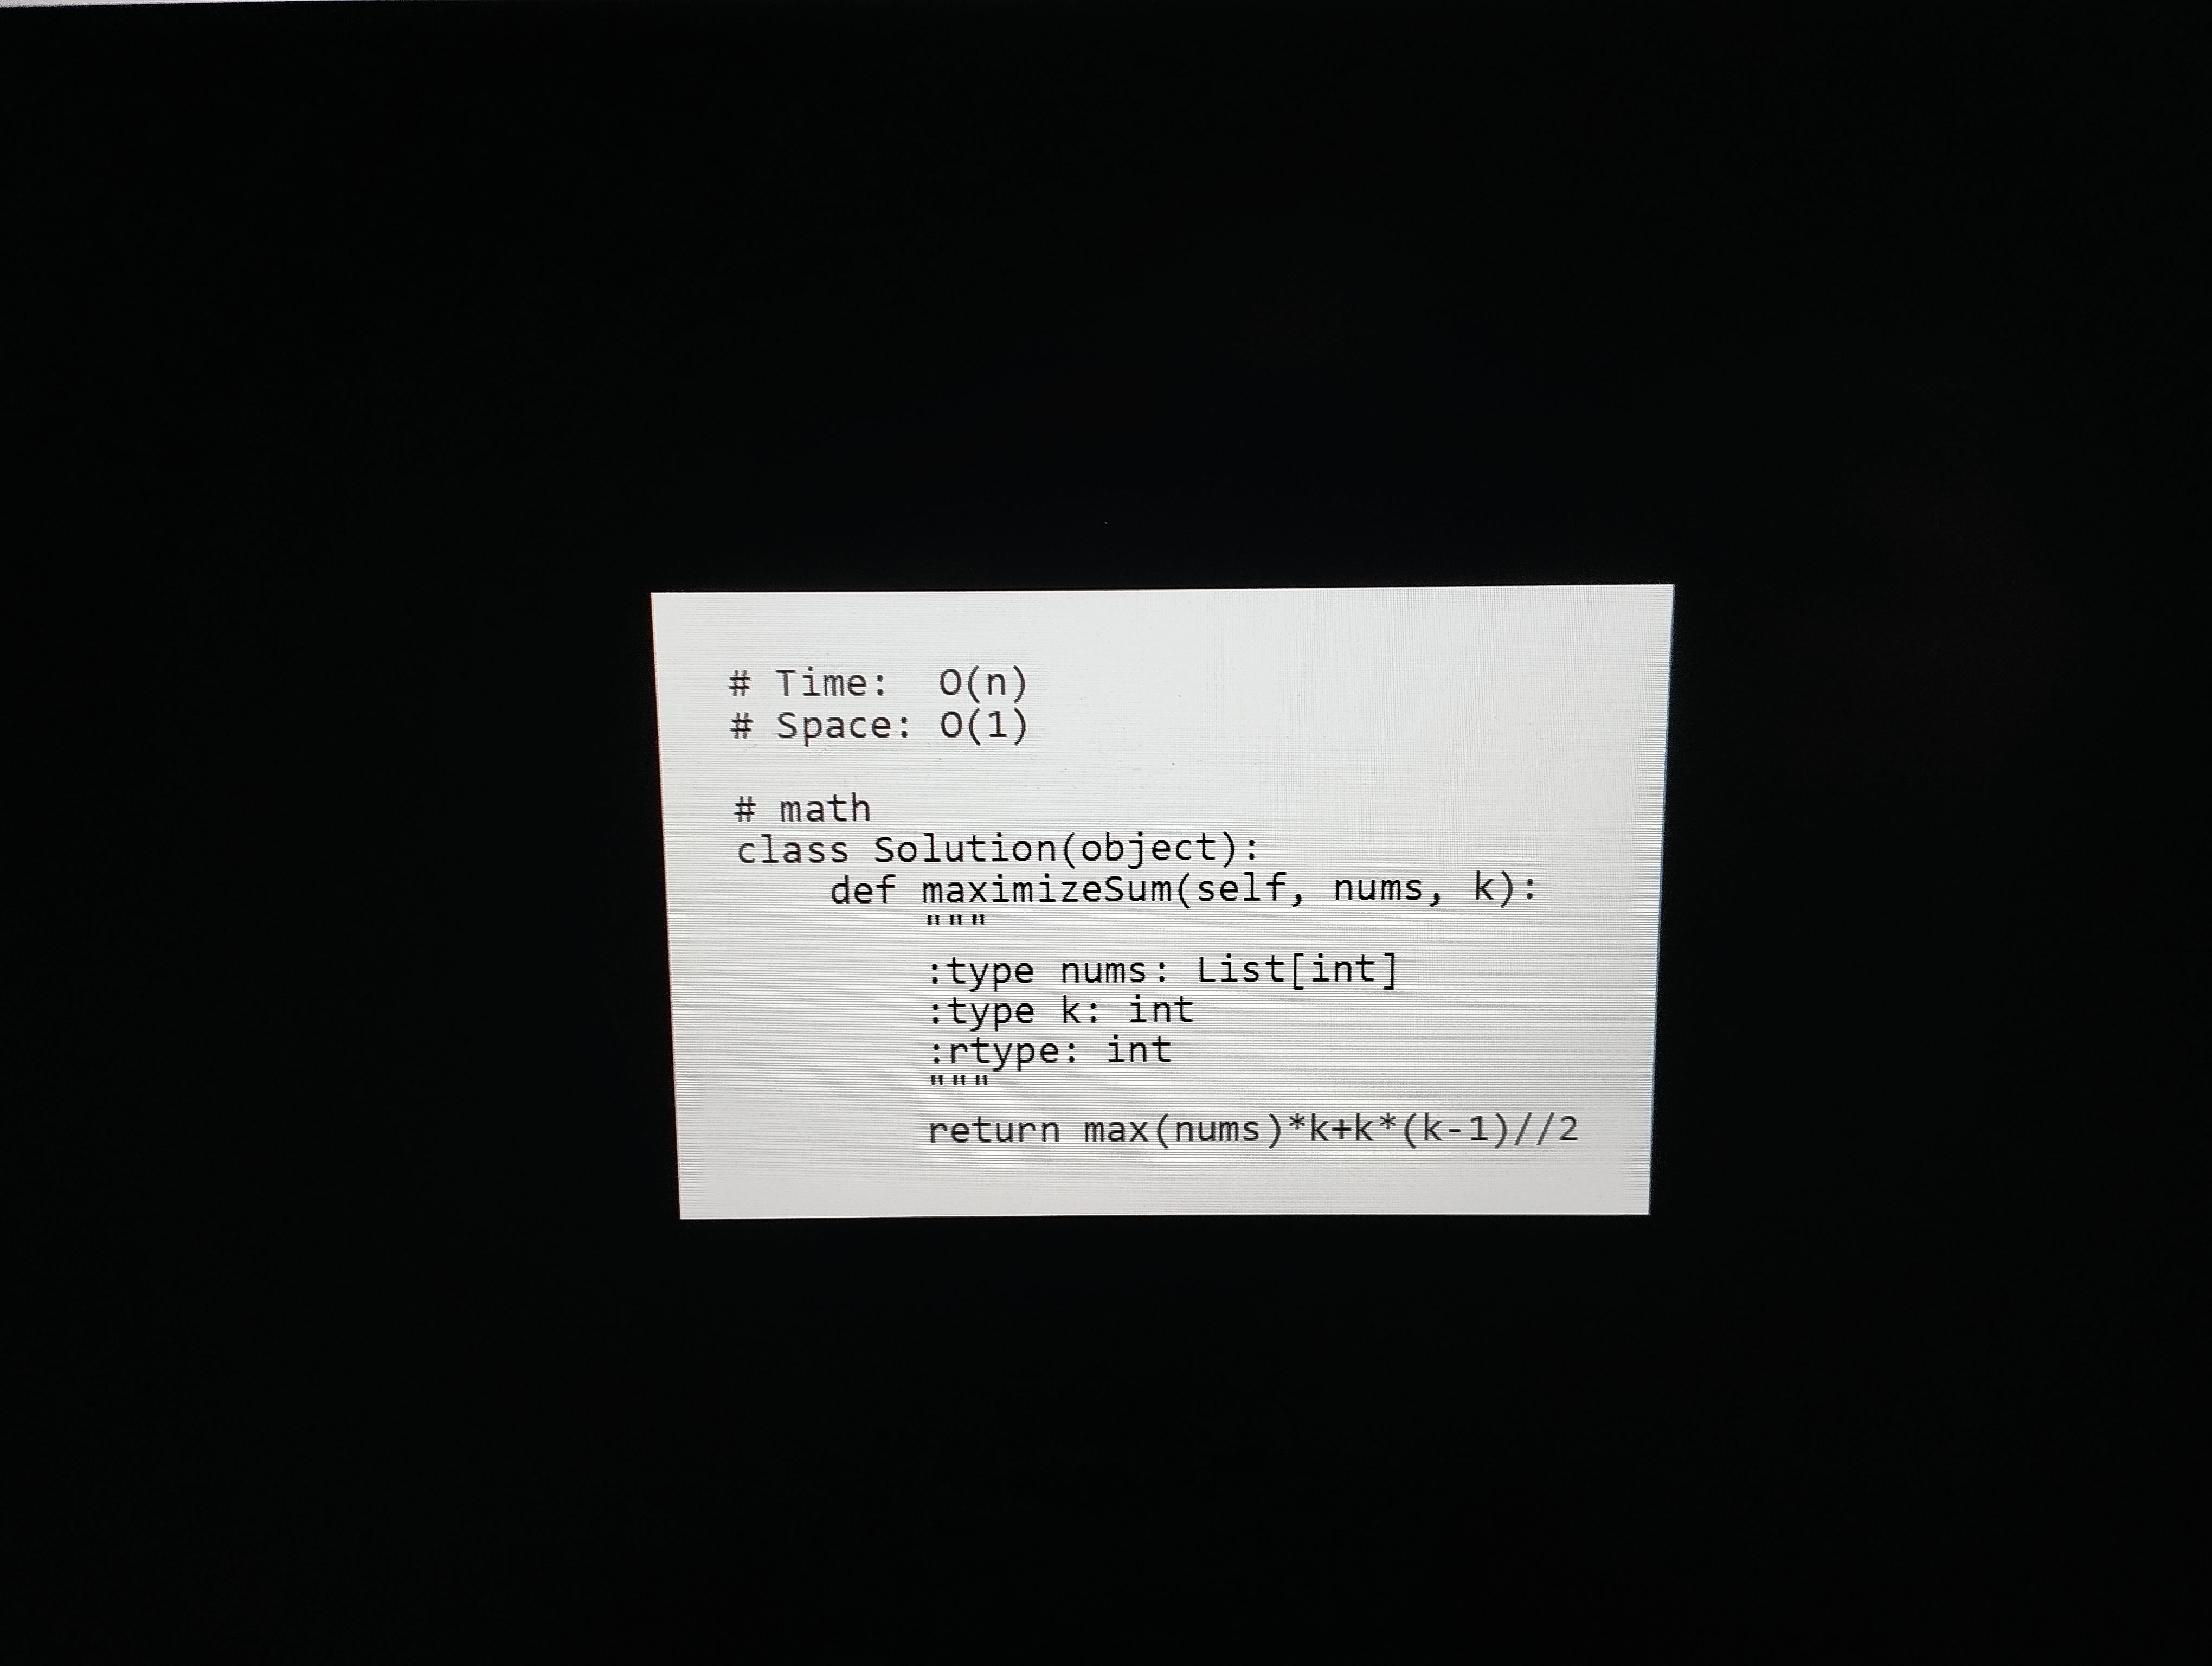
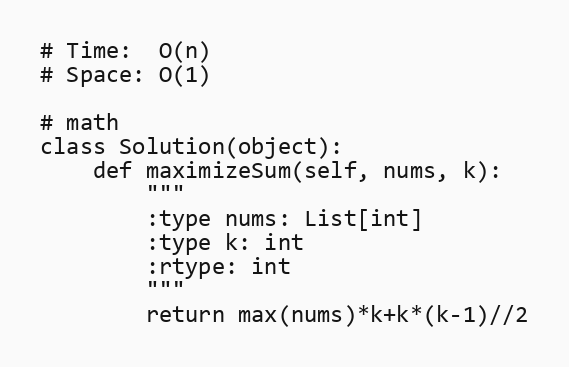
# Time:  O(n)
# Space: O(1)

# math
class Solution(object):
    def maximizeSum(self, nums, k):
        """
        :type nums: List[int]
        :type k: int
        :rtype: int
        """
        return max(nums)*k+k*(k-1)//2